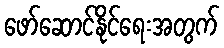
ဖော်ဆောင်နိုင်ရေးအတွက်